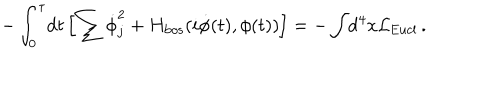
LaTeX: - \int _ { 0 } ^ { \tau } \! \mathrm { d } t \left[ \sum \dot { \phi } _ { j } ^ { 2 } + H _ { \mathrm { b o s } } ( i \dot { \phi } ( t ) , \phi ( t ) ) \right] = - \int \! \mathrm { d } ^ { 4 } x { \cal L } _ { \mathrm { E u c l } } \, .